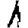
Digit: 1